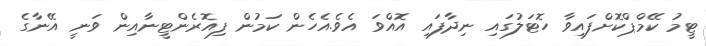
ޓީމު ކޭމްޕްކޮށްފައިވާ ހޮޓަލުގައި ނިދާފައި އޮއްވަ އެވެ.އެހެން ކަމުން ފިއޮރެންޓީނާއިން ވަނީ އޭނާގެ